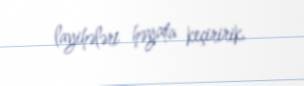
layihələri həyata keçiririk.